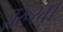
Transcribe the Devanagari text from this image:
ज़रूरत।